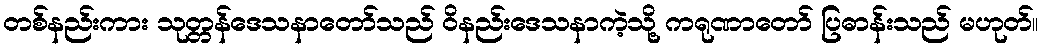
တစ်နည်းကား သုတ္တန်ဒေသနာတော်သည် ဝိနည်းဒေသနာကဲ့သို့ ကရုဏာတော် ပြဓာန်းသည် မဟုတ်။